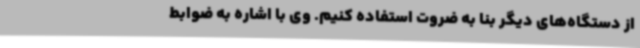
از دستگاه‌های دیگر بنا به ضروت استفاده کنیم. وی با اشاره به ضوابط